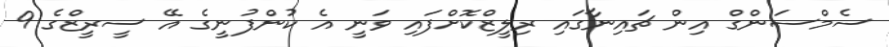
ސެމްސަންގް އިން ޗައިނާގައި ރިލީޒްކޮށްފައި ވަނީ އެ ކުންފުނީގެ އޭ ސީރީޒްގެ 9